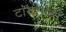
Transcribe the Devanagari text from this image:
टायरमध्ये